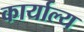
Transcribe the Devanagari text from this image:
कार्याल्य